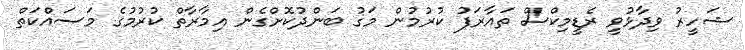
ޝަހީރު ވިދާޅުވީ ރެޑީމިކްސް ތައާރަފު ކުރުމުން މަގު ބަންދުކޮށްގެން އިމާރާތް ކުރުމުގެ މަސައްކަތް